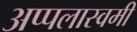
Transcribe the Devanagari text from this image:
अप्पलास्वमी